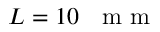
L = 1 0 \textrm { ~ m m }